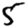
Digit: 5